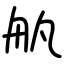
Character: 舧